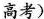
高考)